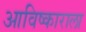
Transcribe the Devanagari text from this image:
आविष्काराला